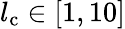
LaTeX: l_{\mathrm{c}}\in[1,10]